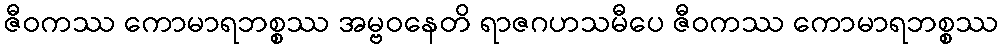
ဇီဝကဿ ကောမာရဘစ္စဿ အမ္ဗဝနေတိ ရာဇဂဟသမီပေ ဇီဝကဿ ကောမာရဘစ္စဿ